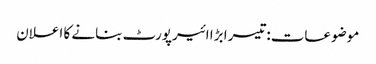
موضوعات:تیسرا بڑا ائیرپورٹ بنانے کا اعلان